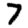
Digit: 7